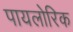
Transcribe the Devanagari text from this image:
पायलोरिक